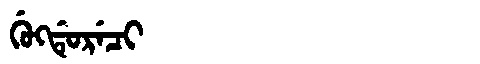
Manchu: ᡤᡠᡴᡩᡠᡵᡝᠴᡳ
Romanization: GUKDURECI